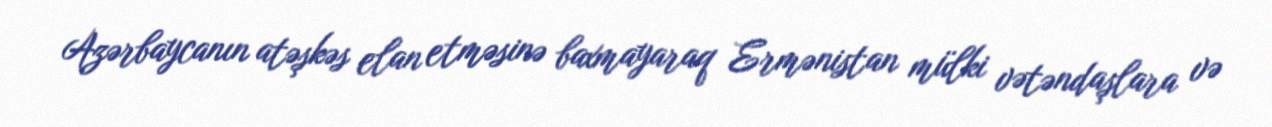
Azərbaycanın atəşkəs elan etməsinə baxmayaraq Ermənistan mülki vətəndaşlara və